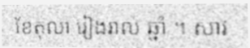
ខែតុលា រៀងរាល់ ឆ្នាំ ។ សាវ